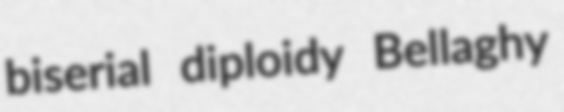
biserial diploidy Bellaghy